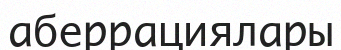
аберрациялары